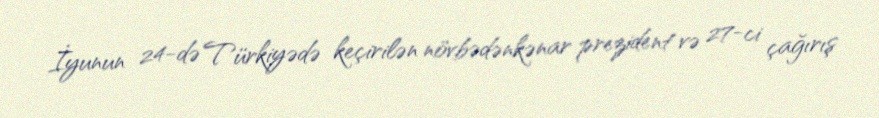
İyunun 24-də Türkiyədə keçirilən növbədənkənar prezident və 27-ci çağırış